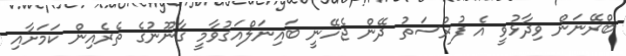
ބްރޭނަން ވިދާޅުވީ އެ ފުރުސަތު ދޭން ޖެހޭނީ ބައިނަލްއަގުވާމީ ގާނޫނުގެ ތެރެއިން ކަމަށާއި